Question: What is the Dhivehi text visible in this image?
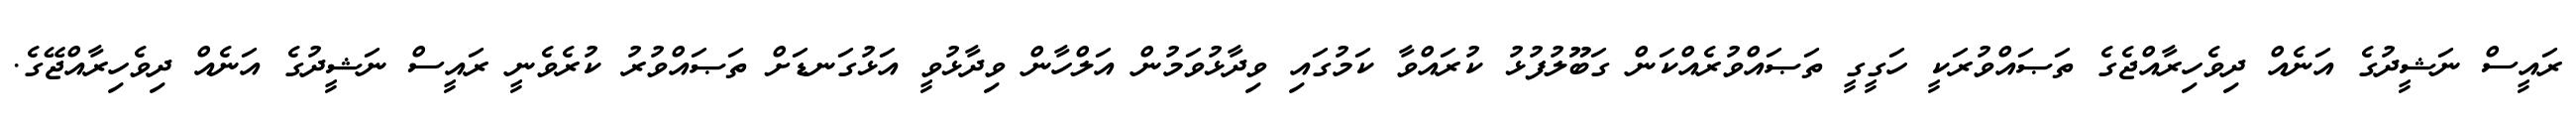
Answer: ރައީސް ނަޝީދުގެ އަނެއް ދިވެހިރާއްޖެގެ ތަޞައްވުރަކީ ހަގީގީ ތަޞައްވުރެއްކަން ގަބޫލުފުޅު ކުރައްވާ ކަމުގައި ވިދާޅުވަމުން އަލްހާން ވިދާޅުވީ އަޅުގަނޑަށް ތަޞައްވުރު ކުރެވެނީ ރައީސް ނަޝީދުގެ އަނެއް ދިވެހިރާއްޖޭގެ.